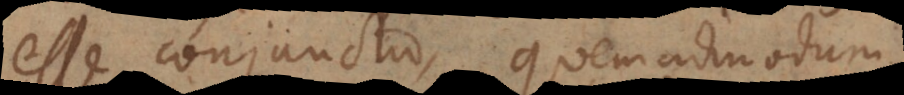
esse conjunctio, quemadmodum